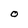
Character: O